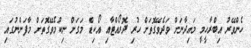
ހެންވޭރު އިބްރާހީމީ މައިދާނަށް ވަދެވޭގޮތަށް ހުރި ދޮރޯއްޓާއި އޯކިޑް މަގަށް ނިކުމެވޭގޮތަށް މާފަންނުގައި